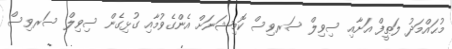
މުޙައްމަދު ލަޠީފް އަށާއި ސިވިލް ސަރވިސް ކޮމިޝަނަށް އެންގެވުމާއި ގުޅިގެން ސިވިލް ސަރވިސް